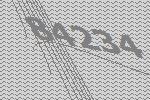
84234